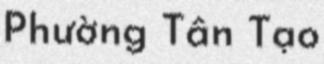
Phường Tân Tạo